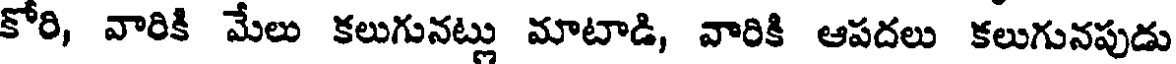
కోరి, వారికి మేలు కలుగునట్లు మాటాడి, వారికి ఆపదలు కలుగునపుడు